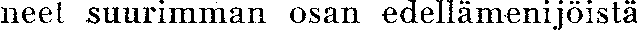
meet suurimman osan edellämenijöistä